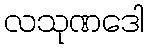
လသုဏဒေါ